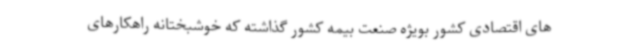
های اقتصادی کشور بویژه صنعت بیمه کشور گذاشته که خوشبختانه راهکارهای